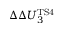
\Delta \Delta U _ { 3 } ^ { \mathrm { T S 4 } }